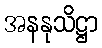
အနနုသိဋ္ဌာ